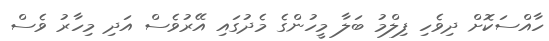
ހާއްސަކޮށް ދިވެހި ފިލްމު ބަލާ މީހުންގެ މެދުގައި އޭރުވެސް އަދި މިހާރު ވެސް